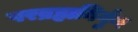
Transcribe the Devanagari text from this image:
परब्रह्मनिर्गुण